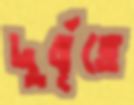
দুর্বৃত্তে